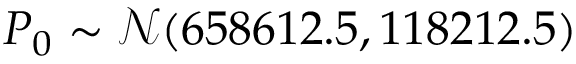
P _ { 0 } \sim \mathcal { N } ( 6 5 8 6 1 2 . 5 , 1 1 8 2 1 2 . 5 )